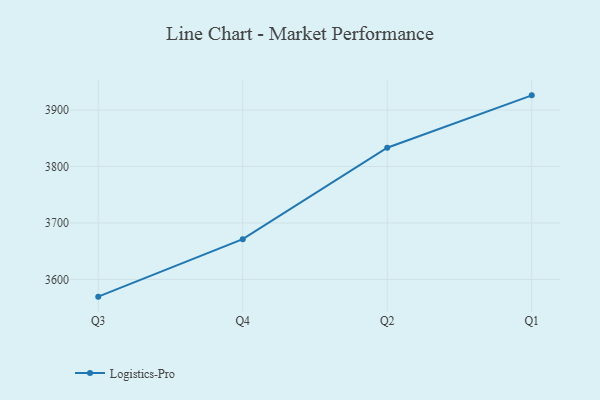
{"axis": {"x": "Quarter", "y": "Churn Rate (%)"}, "legend": ["Logistics-Pro"], "data": [{"x": "Q3", "y": 3569.5, "type": "Logistics-Pro"}, {"x": "Q4", "y": 3671.3, "type": "Logistics-Pro"}, {"x": "Q2", "y": 3833.2, "type": "Logistics-Pro"}, {"x": "Q1", "y": 3926.0, "type": "Logistics-Pro"}]}